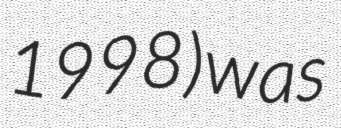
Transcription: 1998) was